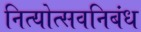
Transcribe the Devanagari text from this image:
नित्योत्सवनिबंध